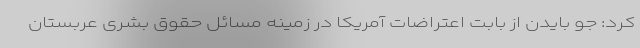
کرد: جو بایدن از بابت اعتراضات آمریکا در زمینه مسائل حقوق بشری عربستان